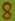
Text: 8